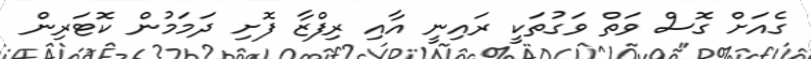
ގެއަށް ގޮސް ވަތް ވަގުތަކީ ރައިނީ އާއި ރިފްޒާ ފޮށި ދަމަމުން ކޮޓަރިން